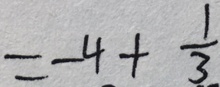
= - 4 + \frac { 1 } { 3 }